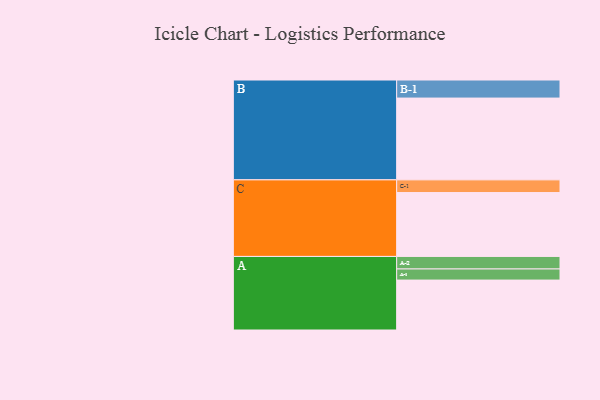
{"axis": {"x": "Segment", "y": "Value"}, "legend": ["", "A", "B", "C"], "data": [{"x": "A", "y": 315, "type": ""}, {"x": "B", "y": 516, "type": ""}, {"x": "C", "y": 403, "type": ""}, {"x": "A-1", "y": 70, "type": "A"}, {"x": "A-2", "y": 79, "type": "A"}, {"x": "B-1", "y": 114, "type": "B"}, {"x": "C-1", "y": 80, "type": "C"}]}